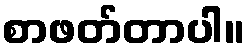
စာဖတ်တာပါ။